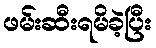
ဖမ်းဆီးရမိခဲ့ပြီး